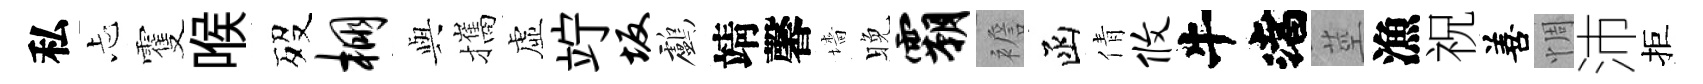
私忐䨥喉歿棚𫤰攜虛竚坂鸕靖馨墻晚霸襜函倩攸渚莖漁祝善惆沛拒